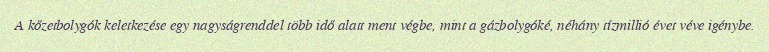
A kőzetbolygók keletkezése egy nagyságrenddel több idő alatt ment végbe, mint a gázbolygóké, néhány tízmillió évet véve igénybe.